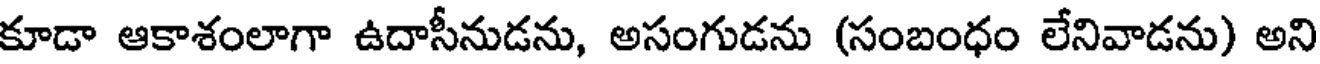
కూడా ఆకాశంలాగా ఉదాసీనుడను, అసంగుడను (సంబంధం లేనివాడను) అని